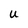
Character: U